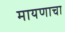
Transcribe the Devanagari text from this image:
मायणाचा